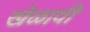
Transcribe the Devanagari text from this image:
खेळावी